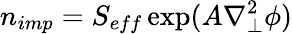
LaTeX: n_{imp}=S_{eff}\exp({A\nabla_{\perp}^{2}\phi})